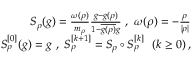
\begin{array} { r } { S _ { \rho } ( g ) = \frac { \omega ( \rho ) } { m _ { \rho } } \frac { g - g ( \rho ) } { 1 - \overline { { g ( \rho ) } } g } \ , \ \omega ( \rho ) = - \frac { \rho } { | \rho | } } \\ { S _ { \rho } ^ { [ 0 ] } ( g ) = g \ , \ S _ { \rho } ^ { [ k + 1 ] } = S _ { \rho } \circ S _ { \rho } ^ { [ k ] } \ \ ( k \geq 0 ) \, , } \end{array}